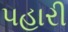
પહારી